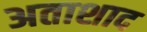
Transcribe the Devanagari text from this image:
अताशाद